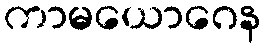
ကာမယောဂေန